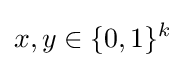
x,y\in \{0,1\}^{k}